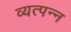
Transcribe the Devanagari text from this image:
व्‍यत्‍पन्‍न